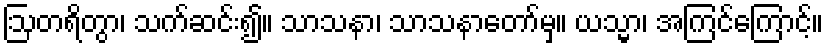
ဩတရိတွာ၊ သက်ဆင်း၍။ သာသနာ၊ သာသနာတော်မှ။ ယသ္မာ၊ အကြင်ကြောင့်။